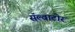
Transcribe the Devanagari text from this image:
सॅल्वाटोर